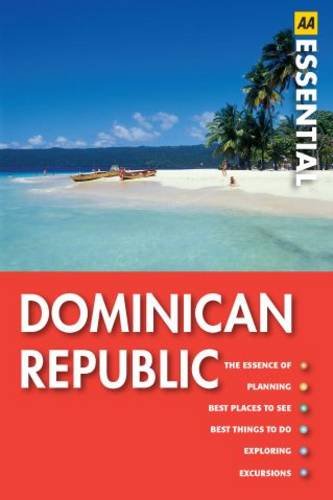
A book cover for Dominican Republic (AA Essential Guide); Stow; Travel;